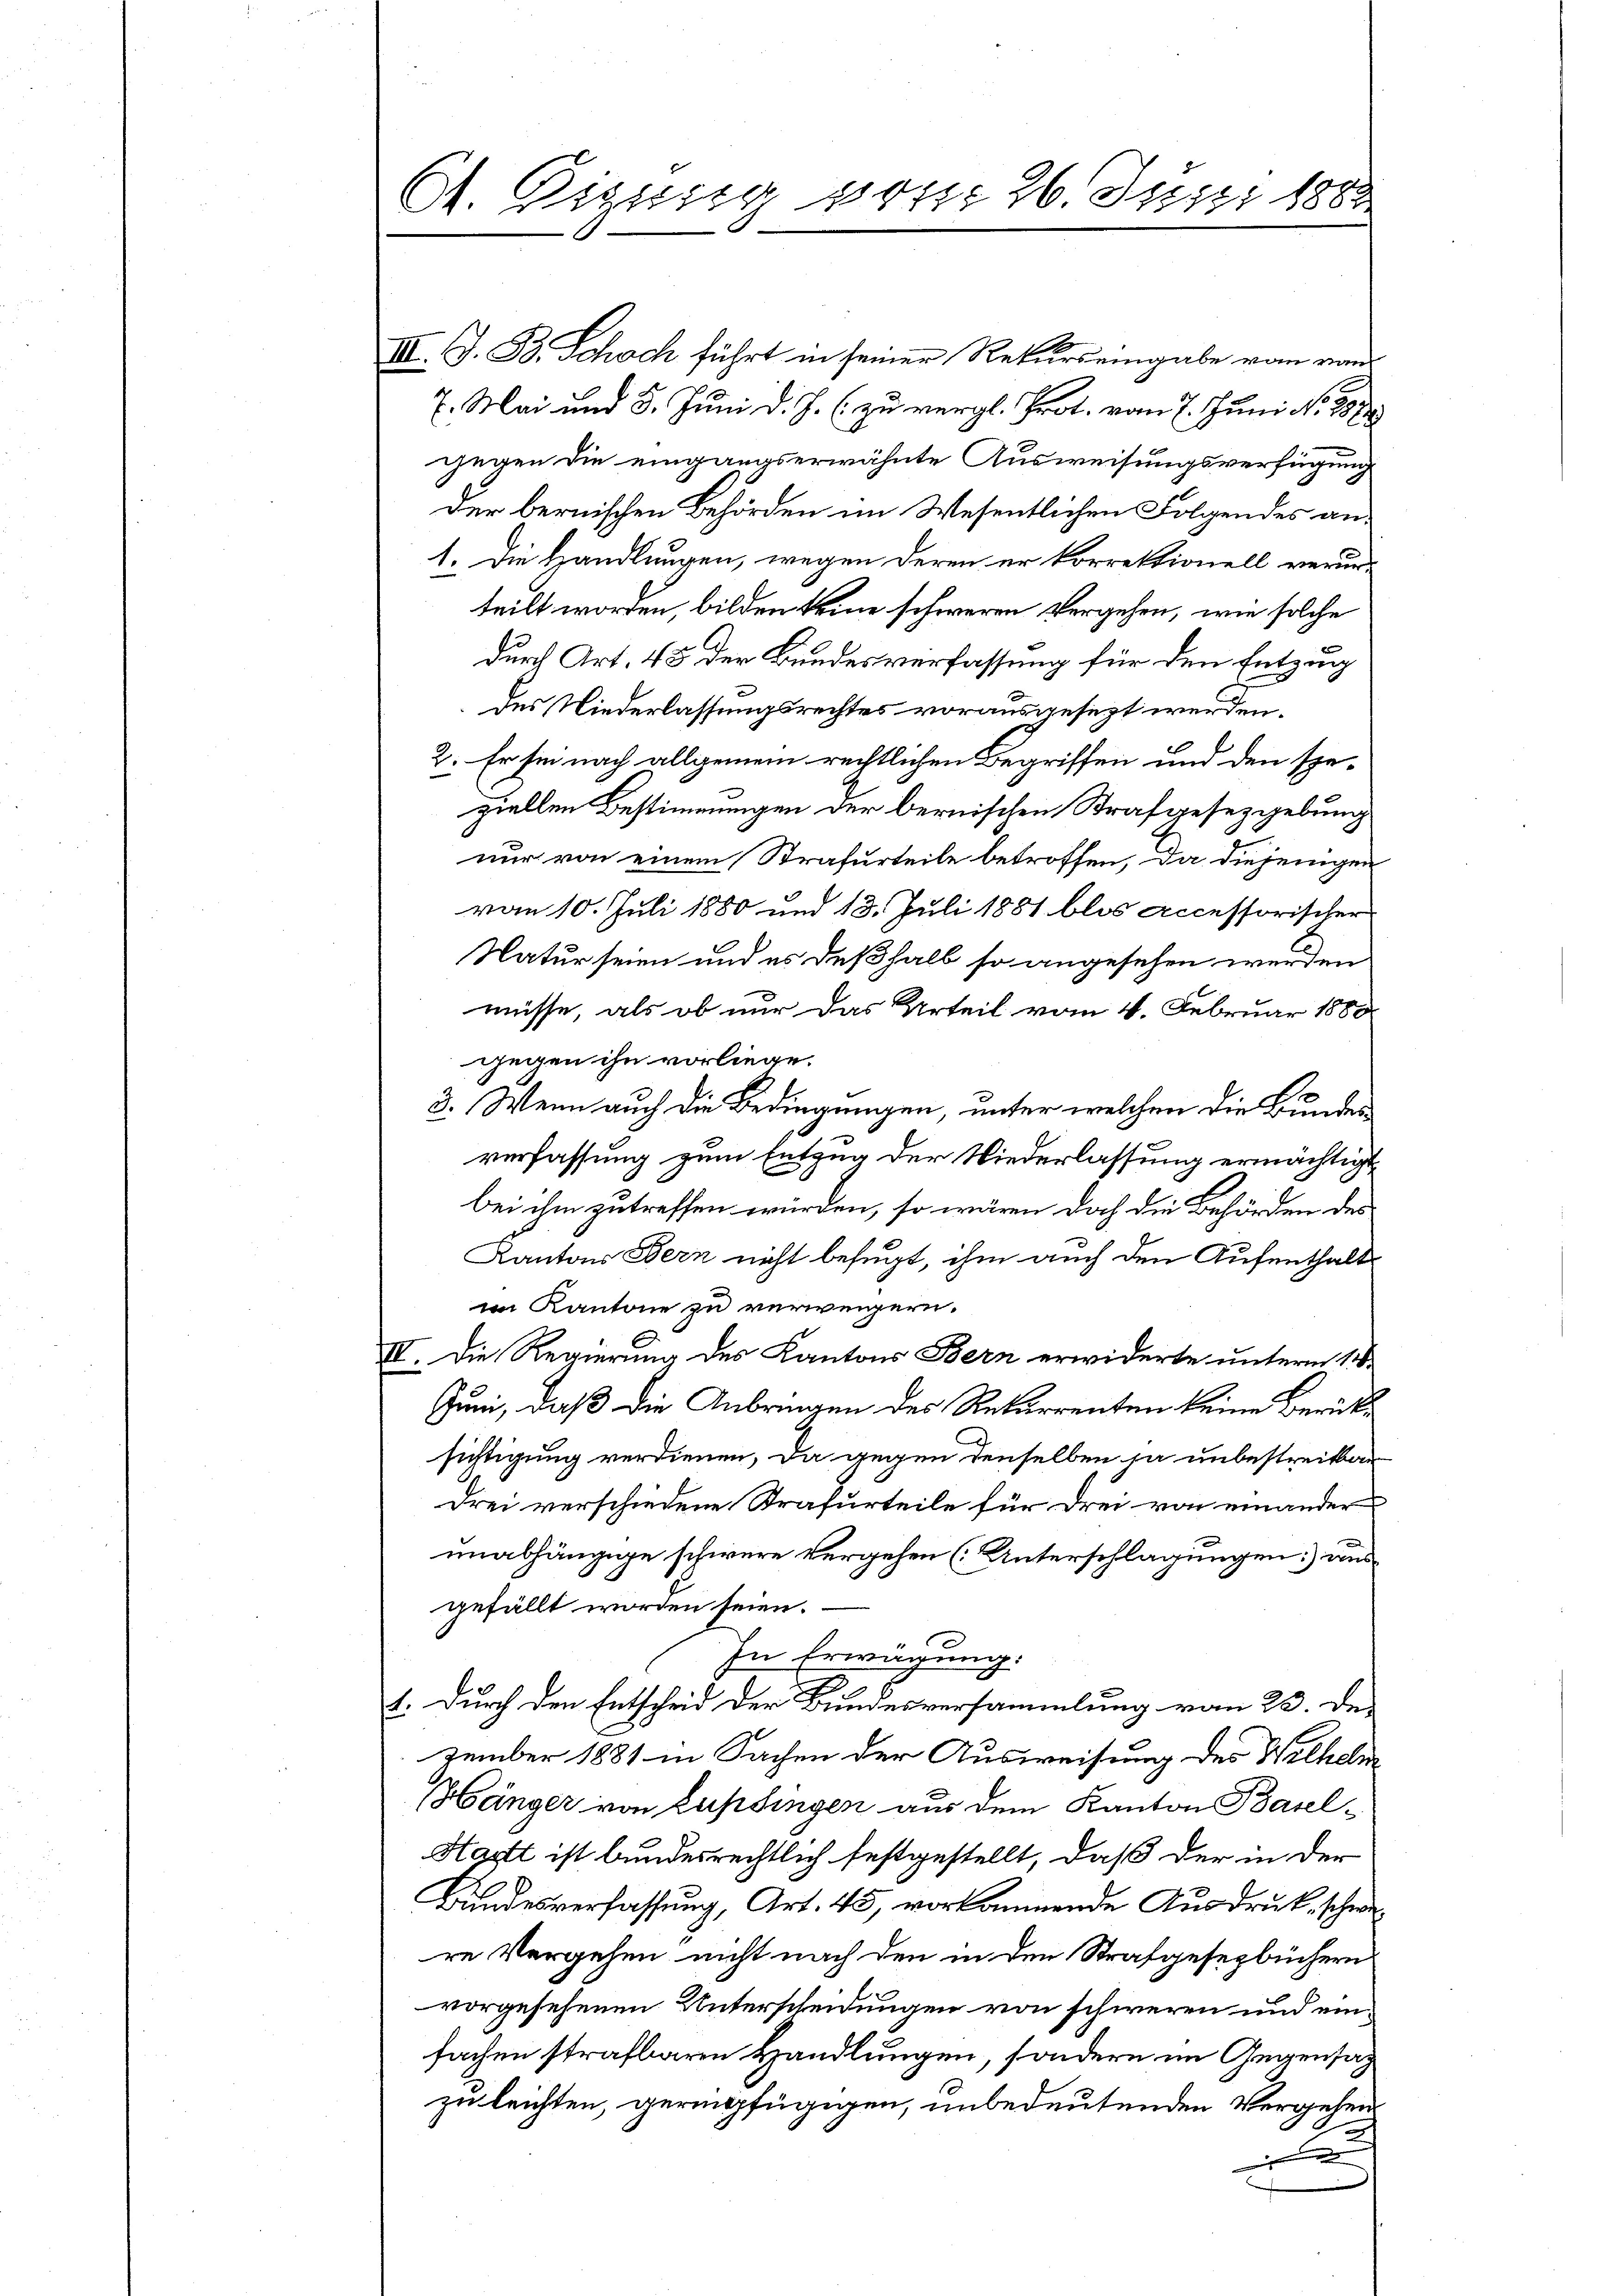
O. Diesig posto 26. Juni 1882

III. J. B. Schoch führt in seiner Rekurs eingabe vom von
7. Mai und 5. Juni d. J. (zu vergl. Prot. vom 7. Juni No 188
gegen die eingangserwähnte Ausweisungsverfügung
der bernischen Behörden im Wesentlichen Folgendes an¬
1. Die Handlungen, wegen deren er korrektionell verurteilt worden, bilden keine schweren Vergehen, wie solche
durch Art. 48 der Bundesverfassung für den Entzig
des Niederlassungsrechtes vorausgesezt werden.
2. Er sei nach alligenem rechtlichen Begriffen und den spe-
ziellen Bestimmungen der bernischen Strafgesetzgebung
nur von einem Strafurteile betroffen, da diejenigen
von 10. Juli 1880 und 13. Juli 1881 blos Accessorischer
Natur seien und es deßhalb so angesehen werden
müsse, als ob nur das Urteil vom 4. Februar 1880
gegen ihn vorliege.
3. Wenn auch die Bedingungen, unter welchen die Bundes
verfassung zum Entzug der Niederlassung ermächtigt
bei ihm zutreffen würden, so wären doch die Behörden des
Kantons Bern nicht befugt, ihm auch den Aufenthalt
im Kantone zu verweigern.
II. Die Regierung des Kantons Bern erwiderte unterm 11.
Juni, daß die Anbringen des Rekurrenten keine Berücksichtigung verdienen, da gegen denselben ja unbestreitbar
drei verschiedene Strafurteile für drei von einander
unabhängige schwere Vergehen (Unterschlagungen) aus
gefällt worden seien.
In Erwägung.
1. Durch den Entscheid der Bundesversammlung vom 23. De-
zember 1881 in Sachen der Ausweisung des Wilhelm
Hänger von Lupsingen aus dem Kanton Basel¬
Haytt ist bundesrechtlich festgestellt, daß der in der
Bundesverfassung, Art. 45, vorkommende Ausdruck, schwe
re Vergehen nicht nach den in den Strafgesezbüchern
vorgesehenen Unterscheidungen von schweren und einsachen strafbaren Handlungen, sondern im Gegensatz
zu leichten, geringfügigen, unbedeutenden Vergehend
d